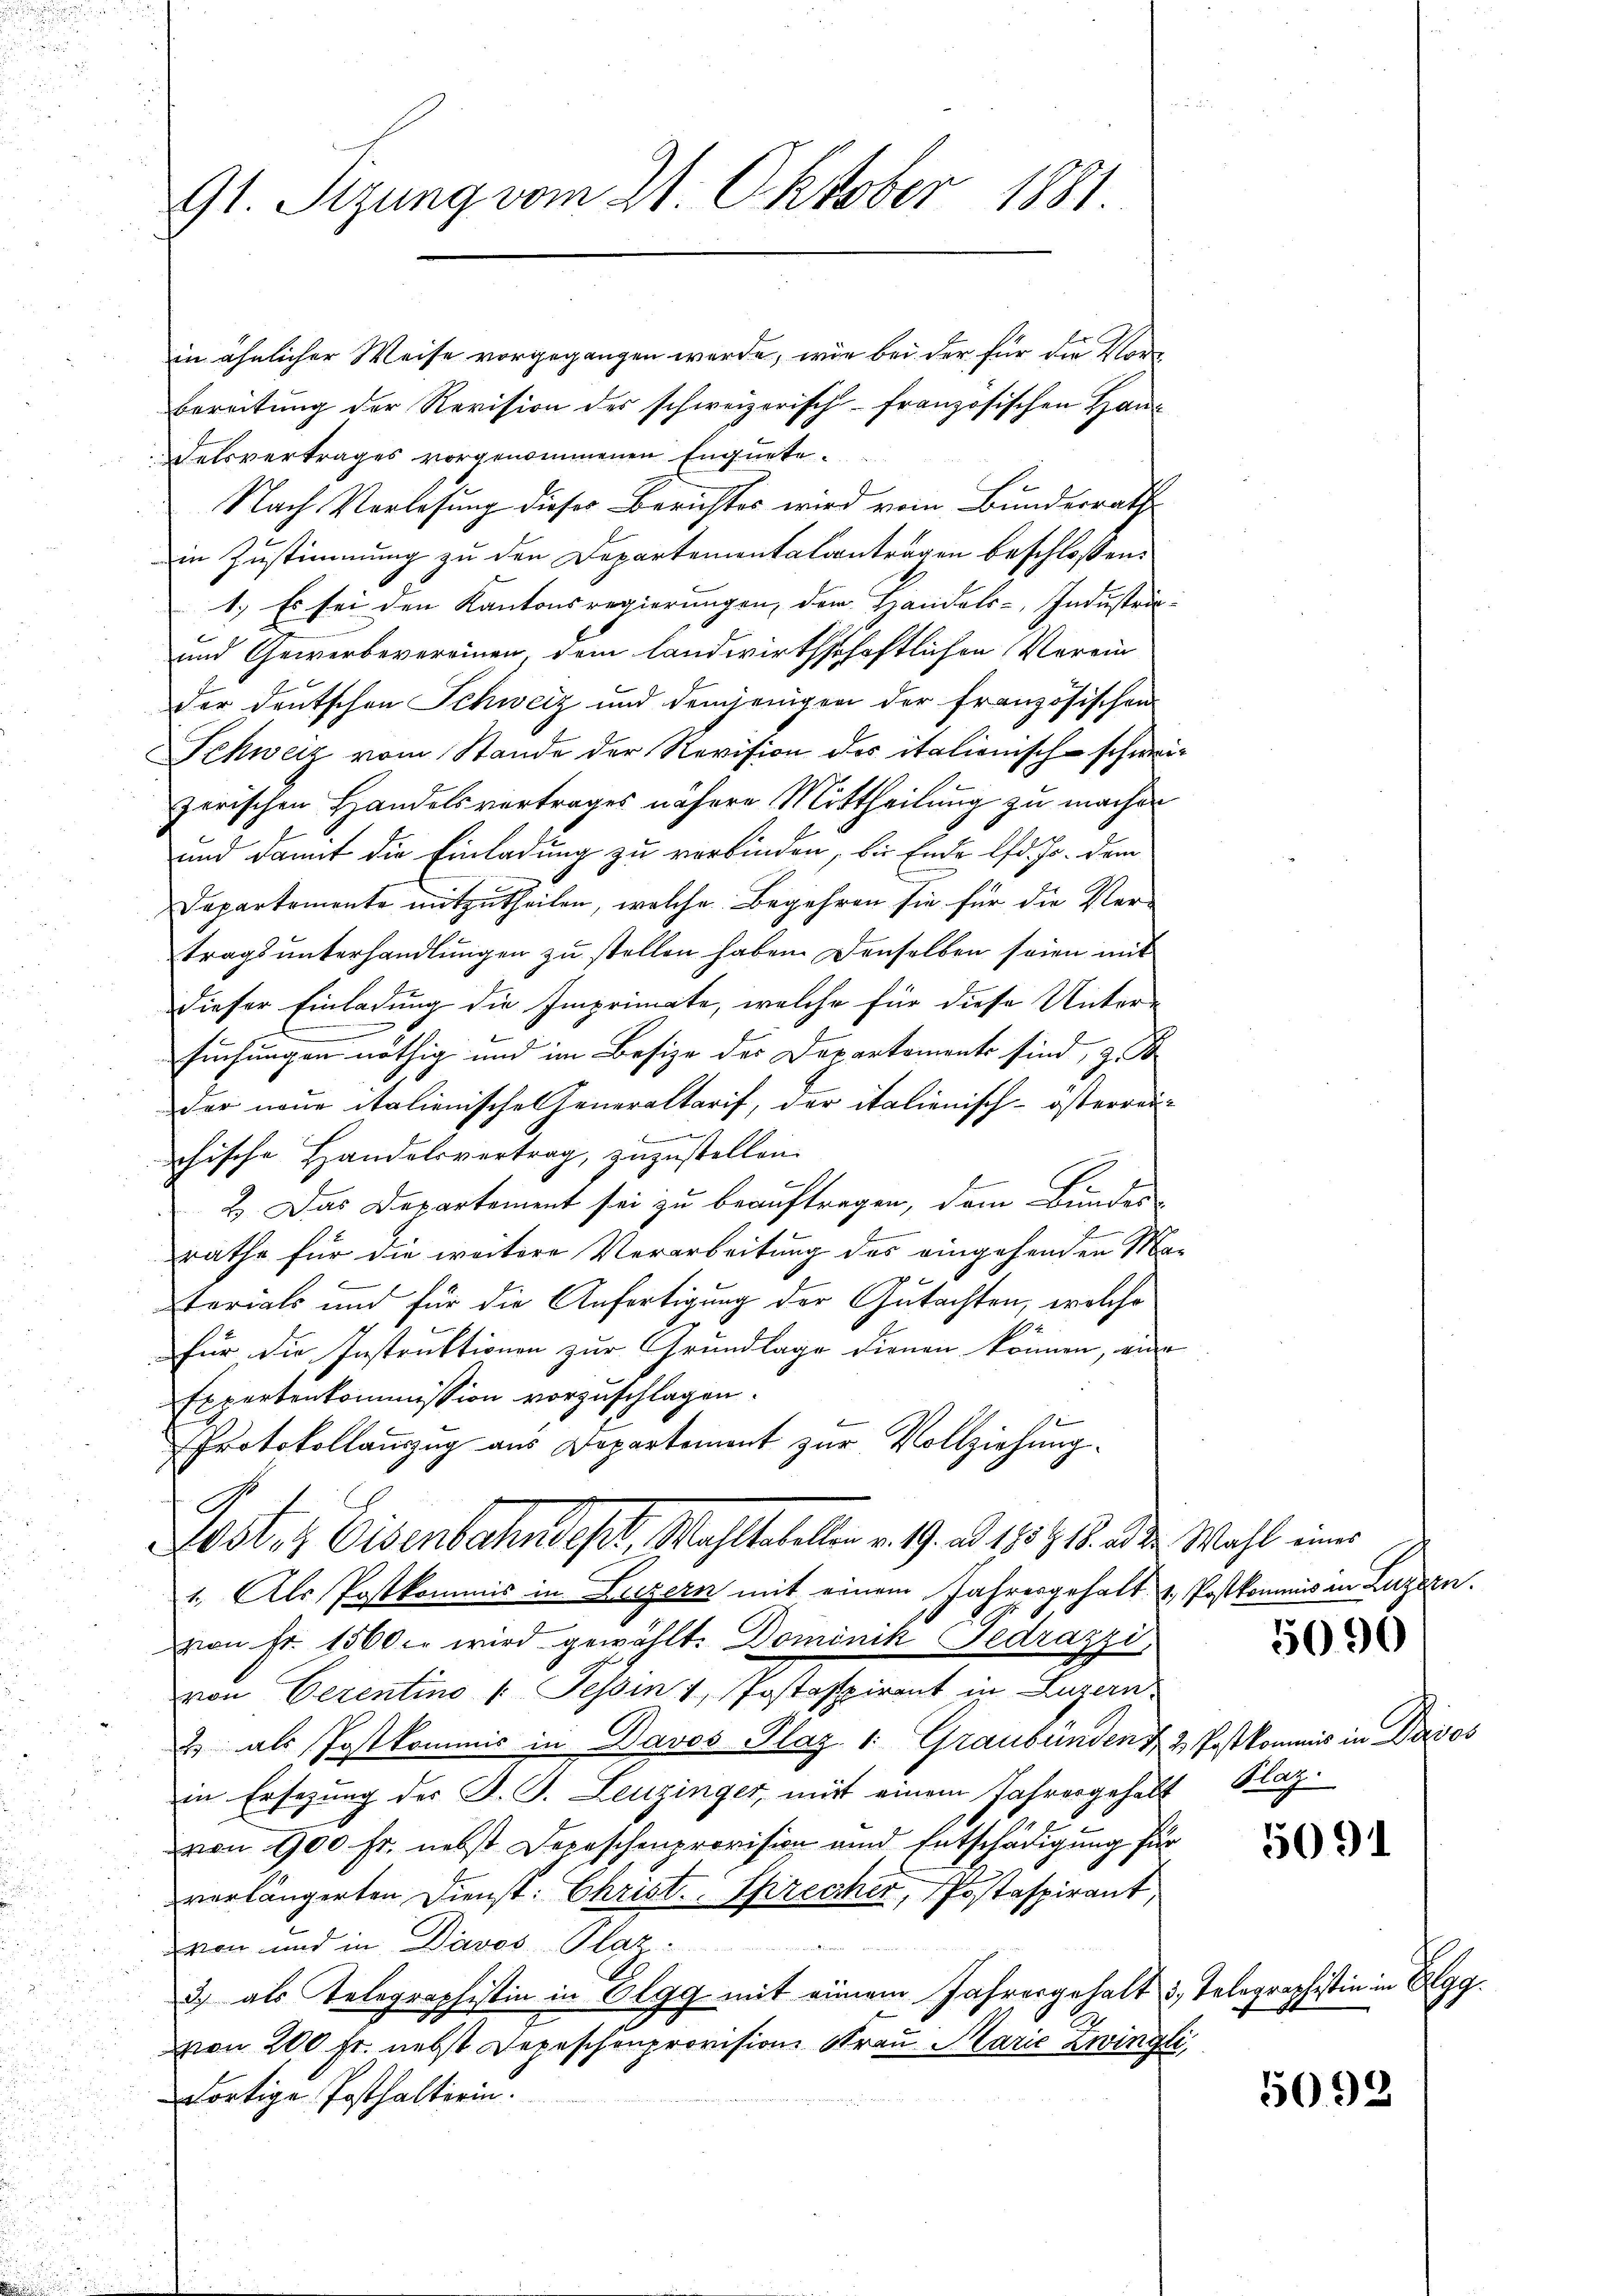
91. Sizung vom 21. Oktober 1881.

Departemente mitzutheilen, welche Begehren sie für die Ver-
tragsunterhandlungen zu stellen haben. Denselben seien mit
dieser Einladung die Imprimate, welche für diese Unter-
suchungen nöthig und im Besize des Departements sind, z. B
der neue italienische Generaltarif, der italienisch-österrei
e
chische Handelsvertrag, zuzustellen.
2. Das Departement sei zu beauftragen, dem Bundes-
rathe für die weitere Verarbeitung des eingehenden Ma-
70
terials und für die Anfertigung der Gutachten, welche
für die Instruktionen zur Grundlage dienen können, eine
Expertenkommission vorzuschlagen.
Protokollauszug aus Departement zur Vollziehung.
G
Oster Eisenbahndept, Mahltatellen v. 19. ad 195418. ad die Wahl eines
1. Als Postkommis in Luzern mit einem Jahresgehalt u. Postkommis an Luzern.
von Fr. 1560 er wird gewählt. Dominik Tedrazzi,
von Cerentino (: Tessin 1, Postaspirant in Luzern
2 als Postkommis in Davos Plaz 1: Graubünden & 2 Postkommis in Drisos
in Ersezung des J. J. Leuzinger, mit einem Jahresgehält Plaz.
von 100 fr. nebst Depeschenprovision und Entschädigung für
verlängerten Dienst: Christ. Sprecher, Postaspirant,
von und in Davos- Plaz
3) als Telegraphistin in Elgg mit einem Jahresgehalt u. Telegraphistin in Elgg
7
von 200 Fr. nebst Depeschenprovision Frau Marie Zwingli,
dortige Posthalterin.

in ähnlicher Weise vorgegangen werde, wie bei der für die Ver-
bereitung der Revision des schweizerisch-französischen Haus
Felsvertrages vorgenommenen Enquete.
Nach Vorlesung dieser Berichtes wird vom Bundesrath
in Zustimmung zu den Departementalantragen beschloßen:
1.) Es sei den Kantonsregierungen, der Handels-Industri¬
und Gewerbevereinen dem landwirthschaftlichen Verein
der deutschen Schweiz und demjenigen der französischen
Schweiz vom Stande der Revision des italienisch-schweizerischen Handelsvertrages nähere Mittheilung zu machen
und damit die Einladung zu verbinden, bis Ende lfd. Js. dem

5096

5091

5092